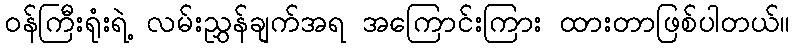
ဝန်ကြီးရုံးရဲ့ လမ်းညွှန်ချက်အရ အကြောင်းကြား ထားတာဖြစ်ပါတယ်။